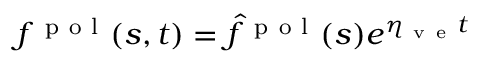
f ^ { \mathrm { ~ p ~ o ~ l ~ } } ( s , t ) = \hat { f } ^ { \mathrm { ~ p ~ o ~ l ~ } } ( s ) e ^ { \eta _ { \mathrm { ~ v ~ e ~ } } t }